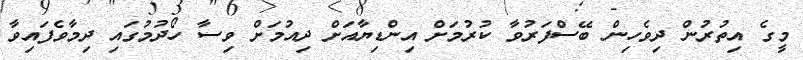
މީގެ އިތުރުން ދިވެހިން ބޭސްފަރުވާ ކުރުމަށް އިންޑިޔާއަށް ދިއުމަށް ވިސާ ހޯދުމުގައި ދިމާވެފައިވާ